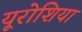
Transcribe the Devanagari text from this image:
यूरोशिया